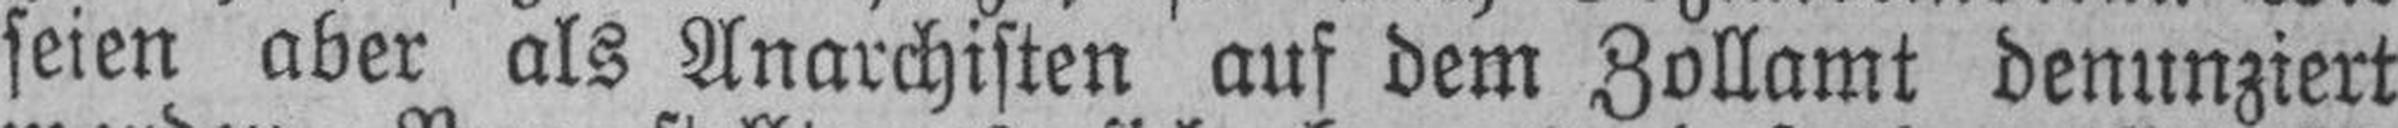
seien aber als Anarchisten auf dem Zollamt denunziert